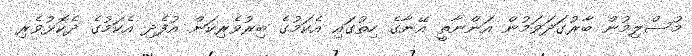
މުސްލިމުން ބާރުގަދަވަމުން އަންނާތީ އޭނާގެ ހިތުގައި އެކަމުގެ ބިރުވެރިކަން އުފެދި އެކަމުގެ ދެކޮޅުވެރި